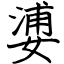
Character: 㜑